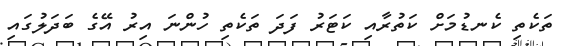
ތަކެތި ކެނޑުމަށް ކަތުރާއި ކަޓަރު ފަދަ ތަކެތި ހުންނަ އިރު އޭގެ ބަދަލުގައި